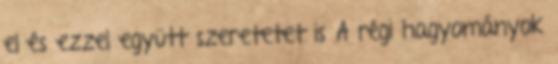
el és ezzel együtt szeretetet is A régi hagyományok